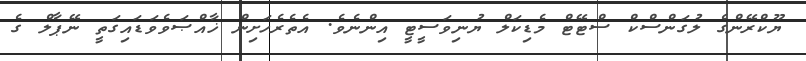
ޔޫކްރޭންގެ ލުގަންސްކް ސްޓޭޓް މެޑިކަލް ޔުނިވަސީޓީ އިންނެވެ. އެތެރެހަށިން ޚާއްޞަވެވަޑައިގަތީ ނޭޕާލް ގެ